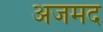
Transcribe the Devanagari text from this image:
अजमद